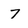
Character: 7